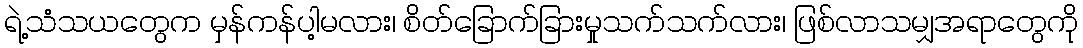
ရဲ့သံသယတွေက မှန်ကန်ပါ့မလား၊ စိတ်ခြောက်ခြားမှုသက်သက်လား၊ ဖြစ်လာသမျှအရာတွေကို